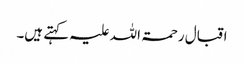
اقبال رحمۃ اللہ علیہ کہتے ہیں۔